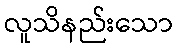
လူသိနည်းသော